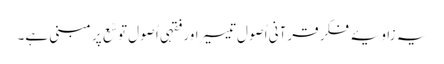
یہ زاویۂ فکر قرآنی اُصولِ تیسیر اور فقہی اُصول توسّع پر مبنی ہے۔